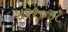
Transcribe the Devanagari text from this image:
४११०३८